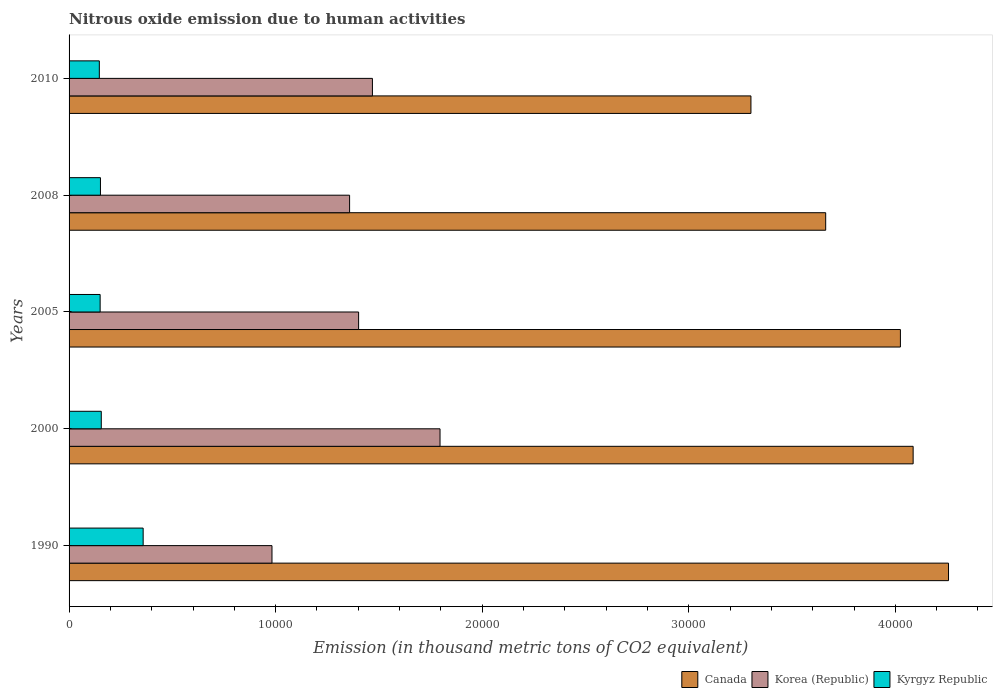
| Years | Canada | Korea (Republic) | Kyrgyz Republic |
 | --- | --- | --- | --- |
 | 1990 | 4.26e+04 | 9.82e+03 | 3.59e+03 |
 | 2000 | 4.09e+04 | 1.8e+04 | 1.56e+03 |
 | 2005 | 4.02e+04 | 1.4e+04 | 1.5e+03 |
 | 2008 | 3.66e+04 | 1.36e+04 | 1.52e+03 |
 | 2010 | 3.3e+04 | 1.47e+04 | 1.46e+03 |